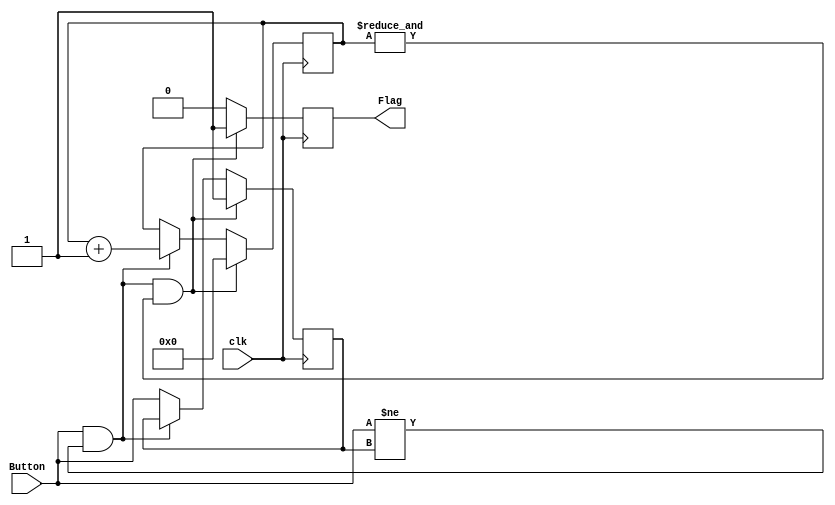
//------------------------------------------------------------------------------
// Module Name	:	Debounce
// Function		:	debounces button inputs
// Coder		:
// Comments		:	From the EEE4120F repo: https://github.com/UCT-EE-OCW/EEE4120F-Pracs.git
//------------------------------------------------------------------------------
module Debounce(
input clk,		//input clock
input Button,  //input reset signal (external button)
output reg Flag //output reset signal (delayed)
    );
//--------------------------------------------
reg previous_state;
reg [21:0]Count; //assume count is null on FPGA configuration

//--------------------------------------------
always @(posedge clk) begin  	//activates every clock edge
 //previous_state <= Button;		// localise the reset signal
   if (Button && Button != previous_state && &Count) begin		// reset block
    Flag <= 1'b1;					// reset the output to 1
	 Count <= 0;
	 previous_state <= 1;
  end
  else if (Button && Button != previous_state) begin
	 Flag <= 1'b0;
	 Count <= Count + 1'b1;
  end
  else begin
	 Flag <= 1'b0;
	 previous_state <= Button;
  end

end //always
 //--------------------------------------------
endmodule
//---------------------------------------------